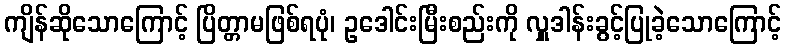
ကျိန်ဆိုသောကြောင့် ပြိတ္တာမဖြစ်ရပုံ၊ ဥဒေါင်းမြီးစည်းကို လှူဒါန်းခွင့်ပြုခဲ့သောကြောင့်